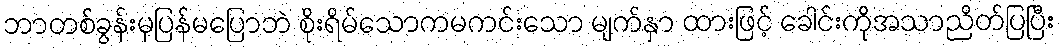
ဘာတစ်ခွန်းမှပြန်မပြောဘဲ စိုးရိမ်သောကမကင်းသော မျက်နှာ ထားဖြင့် ခေါင်းကိုအသာညိတ်ပြပြီး